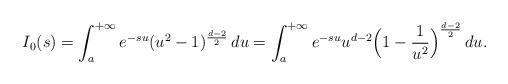
LaTeX: \begin{align*}I_0(s)=\int_a^{+\infty} e^{-su}(u^2-1)^{\frac{d-2}{2}}\, d u=\int_a^{+\infty} e^{-su}u^{d-2}\Bigl(1-\frac{1}{u^{2}}\Bigr)^{\frac{d-2}{2}}\, d u.\end{align*}